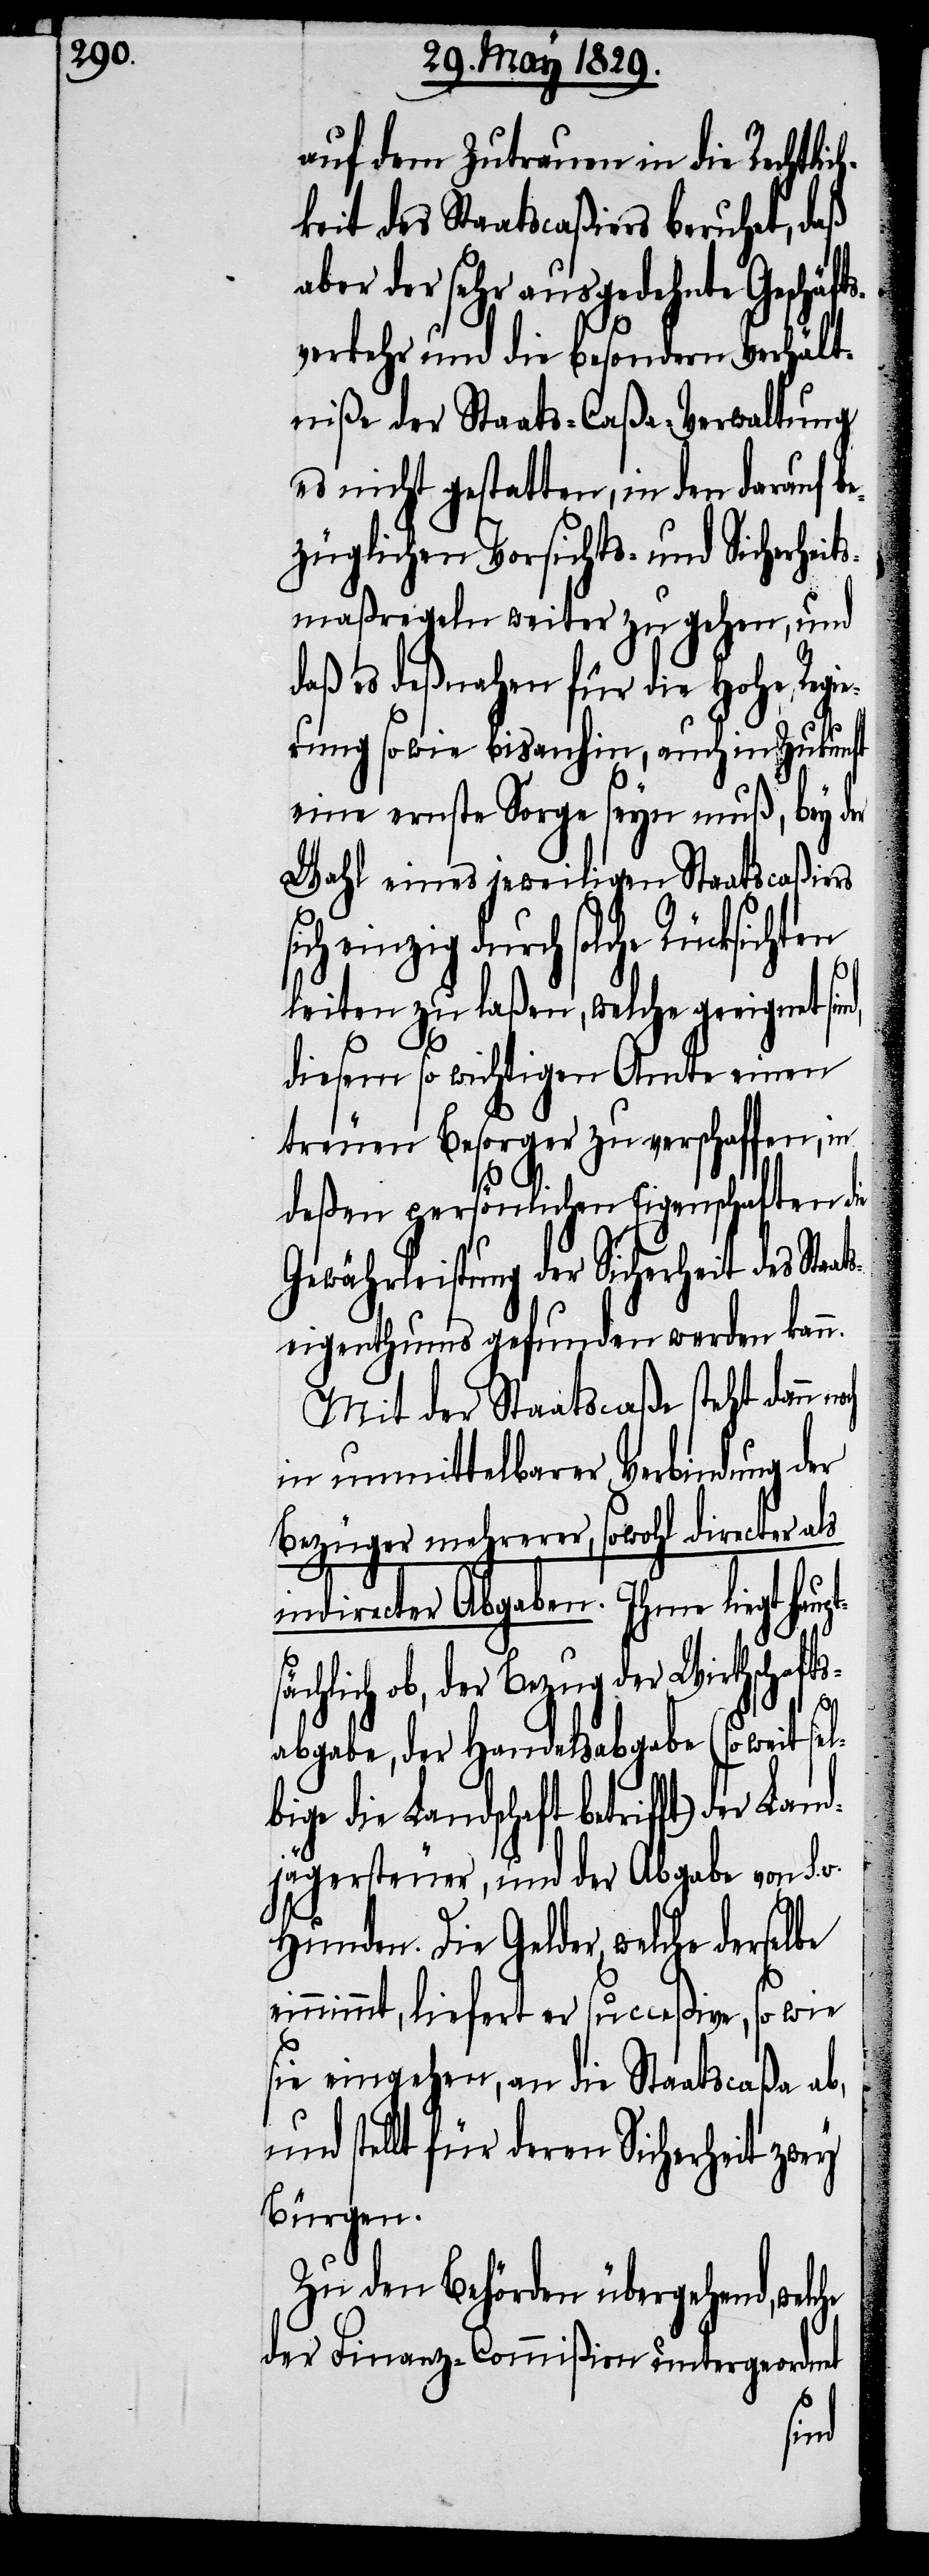
auf dem Zutrauen in die Rechtlic¬
hkeit des Staatscaßiers beruhet, daß
aber der sehr ausgedehnte Geschäft¬
verkehr und die besondern Verhält¬
niße der Staats-Caßa-Verwaltung
es nicht gestatten, in den darauf be¬
züglichen Vorsichts- und Sicherheit¬
smaßregeln weiter zu gehen, und
daß es deßnahen für die Hohe Regie¬
rung sowie bisanhin, auch in Zukunft
eine ernste Sorge seyn muß, bey der
Wahl eines jeweiligen Staatscaßiers
ich einzig durch solche Rücksichten
leiten zu laßen, welche geeignet sin¬
diesem so wichtigen Amte einen
treuen Besorger zu verschaffen, in
deßen persönlichen Eigenschaften die
Gewährleistung der Sicherheit des Sta¬
atseigenthums gefunden werden kann.
Mit der Staatscaße steht dann
in unmittelbarer Verbindung der
Bezüger mehrerer, sowohl directer als
indirecter Abgaben. Ihme liegt hau¬
ächlich ob, der Bezug der Wirthschafts¬
che
abgabe, der Handelsabgabe (so weit s¬
bige die Landschaft betrifft) der La¬
ndjägersteuer, und der Abgabe von s.v.
Hunden. Die Gelder, welche derselbe
so wie
nimmt, liefert er succeßive,
sie eingehen, an die Staatscaßa ab,
und stellt für deren Sicherheit zwey
Bürgen.
Zu den Behörden übergehend, wel¬
der Finanz-Commißion untergeordnet
ein¬